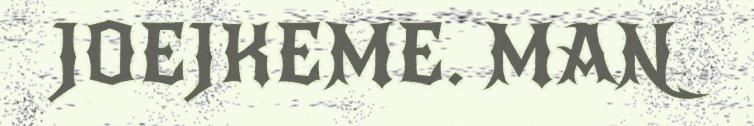
JOEJKEME. MAN